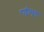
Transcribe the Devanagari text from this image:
राष्ट्रीसूक्त